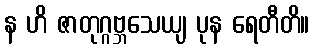
န ဟိ ဇာတုဂ္ဂဗ္ဘသေယျ ပုန ရေတီတိ။